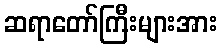
ဆရာတော်ကြီးများအား